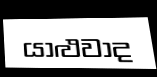
යාළුවාද